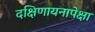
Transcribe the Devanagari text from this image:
दक्षिणायनापेक्षा